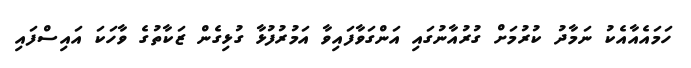
ހަމައެއާއެކު ނަމާދު ކުރުމަށް ގުރުއާނުގައި އަންގަވާފައިވާ އަމުރުފުޅާ ގުޅިގެން ޒަކާތުގެ ވާހަކަ އައިސްފައި